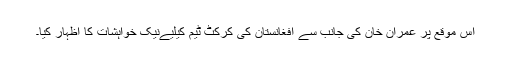
اس موقع پر عمران خان کی جانب سے افغانستان کی کرکٹ ٹیم کیلیےنیک خواہشات کا اظہار کیا۔